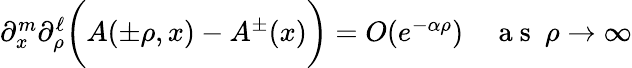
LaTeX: \begin{array}{r}{\partial_{x}^{m}\partial_{\rho}^{\ell}\bigg(A(\pm\rho,x)-A^{\pm}(x)\bigg)=O(e^{-\alpha\rho})\quad\mathrm{~a~s~}~\rho\rightarrow\infty}\end{array}